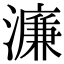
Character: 濂